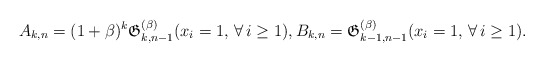
\begin{gather*}A_{k,n}= (1+\beta)^{k} \mathfrak{G}_{k,n-1}^{(\beta)}(x_i=1,\, \forall\, i \ge 1),B_{k,n}= \mathfrak{G}_{k-1,n-1}^{(\beta)}(x_i=1,\, \forall\, i \ge 1).\end{gather*}